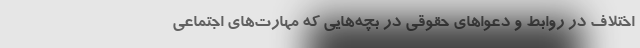
اختلاف در روابط و دعوا‌های حقوقی در بچه‌هایی که مهارت‌های اجتماعی